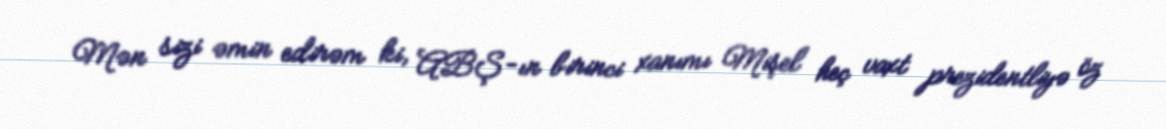
Mən sizi əmin edirəm ki, ABŞ-ın birinci xanımı Mişel heç vaxt prezidentliyə öz